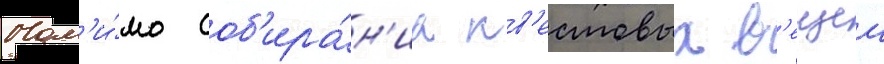
Пом'и́мо соб'ира́н'иа кв'естовых в'ещеи